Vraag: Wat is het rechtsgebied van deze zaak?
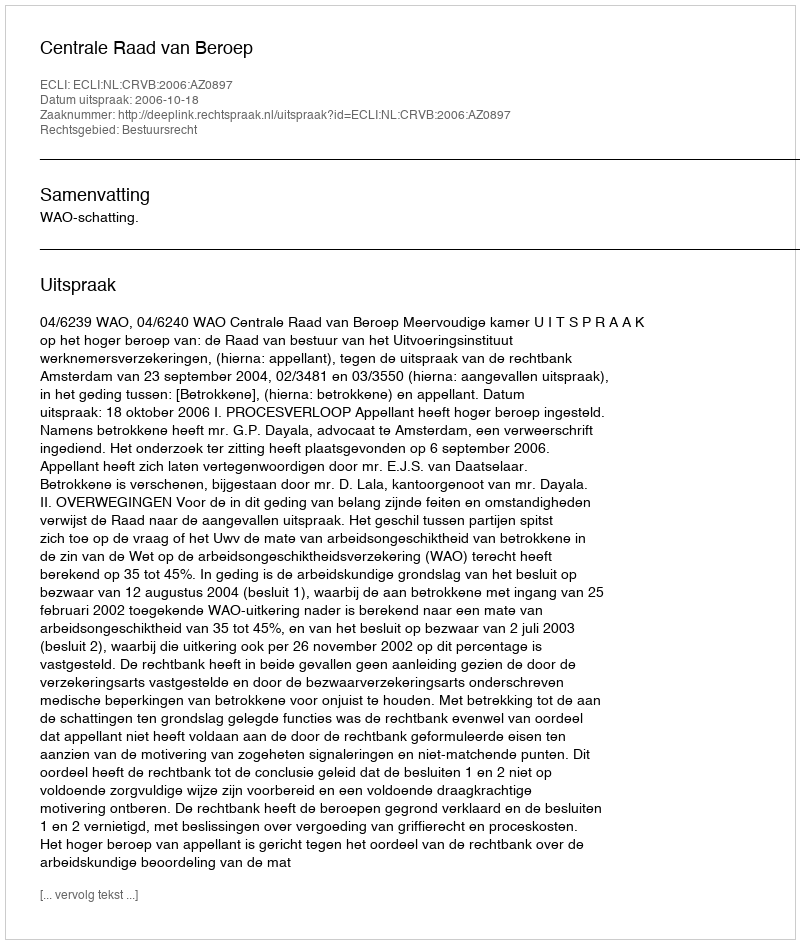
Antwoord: Bestuursrecht